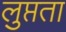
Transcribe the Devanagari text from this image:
लुप्तता